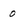
Character: 0